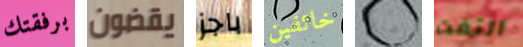
برفقتك يقضون باجز خائفين زمنية التفت